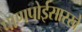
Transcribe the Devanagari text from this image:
पाणपोईसारखे